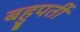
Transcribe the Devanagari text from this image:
बहुपर्ती